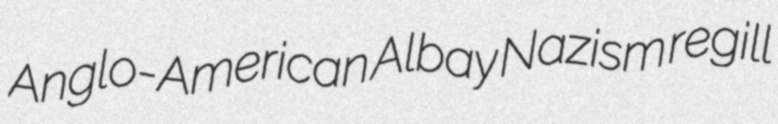
Anglo-American Albay Nazism regill